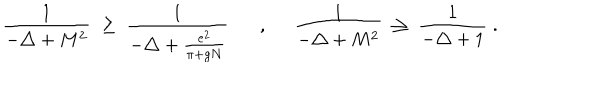
\frac { 1 } { - \triangle + M ^ { 2 } } \; \geq \; \frac { 1 } { - \triangle + \frac { e ^ { 2 } } { \pi + g N } } , \; \; \frac { 1 } { - \triangle + M ^ { 2 } } \; \geq \; \frac { 1 } { - \triangle + 1 } \; .